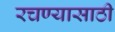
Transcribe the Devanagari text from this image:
रचण्यासाठी